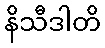
နိသီဒါတိ